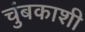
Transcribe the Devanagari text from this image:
चुंबकाशी